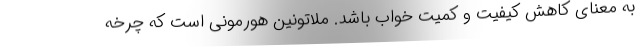
به معنای کاهش کیفیت و کمیت خواب باشد. ملاتونین هورمونی است که چرخه